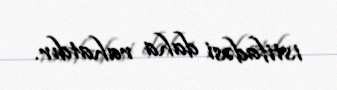
istifadəsi daha rahatdır.